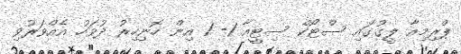
ޕްރިމިއާ ލީގުގައި ސްޓޯކް ސިޓީއާ 1- 1 އިން ހޮނިހިރު ދުވަހު އެއްވަރުވި